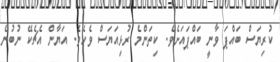
ކުރިޔަސް ބައްޕަ ވާނީ ބައްޕައަށެވެ. ކިތަންމެ ރުޅިއަޔަސް ވެހެވެ. އަޔާން އެޗެކޭ ނުބުނެ